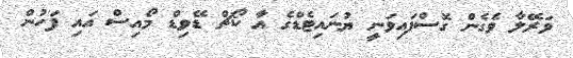
ވަރޭލާ ވެގެން ގޮސްފައިވަނީ ޔުނައިޓެޑްގެ އާ ކޯޗް ޑޭވިޑް މޯއިސް އައި ފަހުން